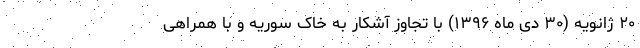
۲۰ ژانویه (۳۰ دی ماه ۱۳۹۶) با تجاوز آشکار به خاک سوریه و با همراهی